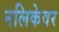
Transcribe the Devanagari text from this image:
नलिकेवर